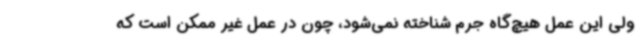
ولی این عمل هیچ‌گاه جرم شناخته نمی‌شود، چون در عمل غیر ممکن است که